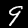
Label: 9